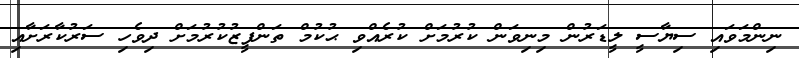
ނިންމަވައި ސިޔާސީ ލީޑަރުން މިނިވަން ކުރުމަށް ކުރެއްވި ޙުކުމް ތަންފީޒުކުރުމަށް ދިވެހި ސަރުކާރަށާއި